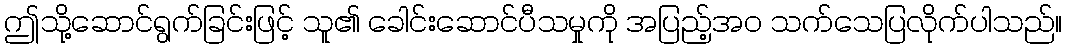
ဤသို့ဆောင်ရွက်ခြင်းဖြင့် သူ၏ ခေါင်းဆောင်ပီသမှုကို အပြည့်အဝ သက်သေပြလိုက်ပါသည်။